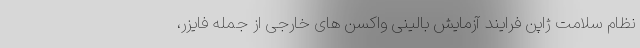
نظام سلامت ژاپن فرایند آزمایش بالینی واکسن های خارجی از جمله فایزر،